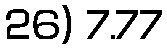
26) 7.77